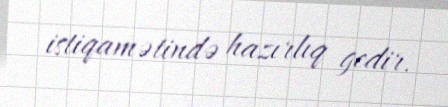
istiqamətində hazırlıq gedir.